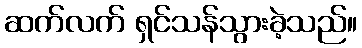
ဆက်လက် ရှင်သန်သွားခဲ့သည်။